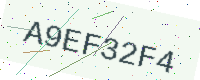
Text: A9EF32F4